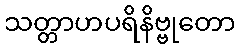
သတ္တာဟပရိနိဗ္ဗုတော